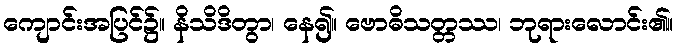
ကျောင်းအပြင်၌။ နိသိဒိတွာ၊ နေ၍။ ဗောဓိသတ္တဿ၊ ဘုရားလောင်း၏။